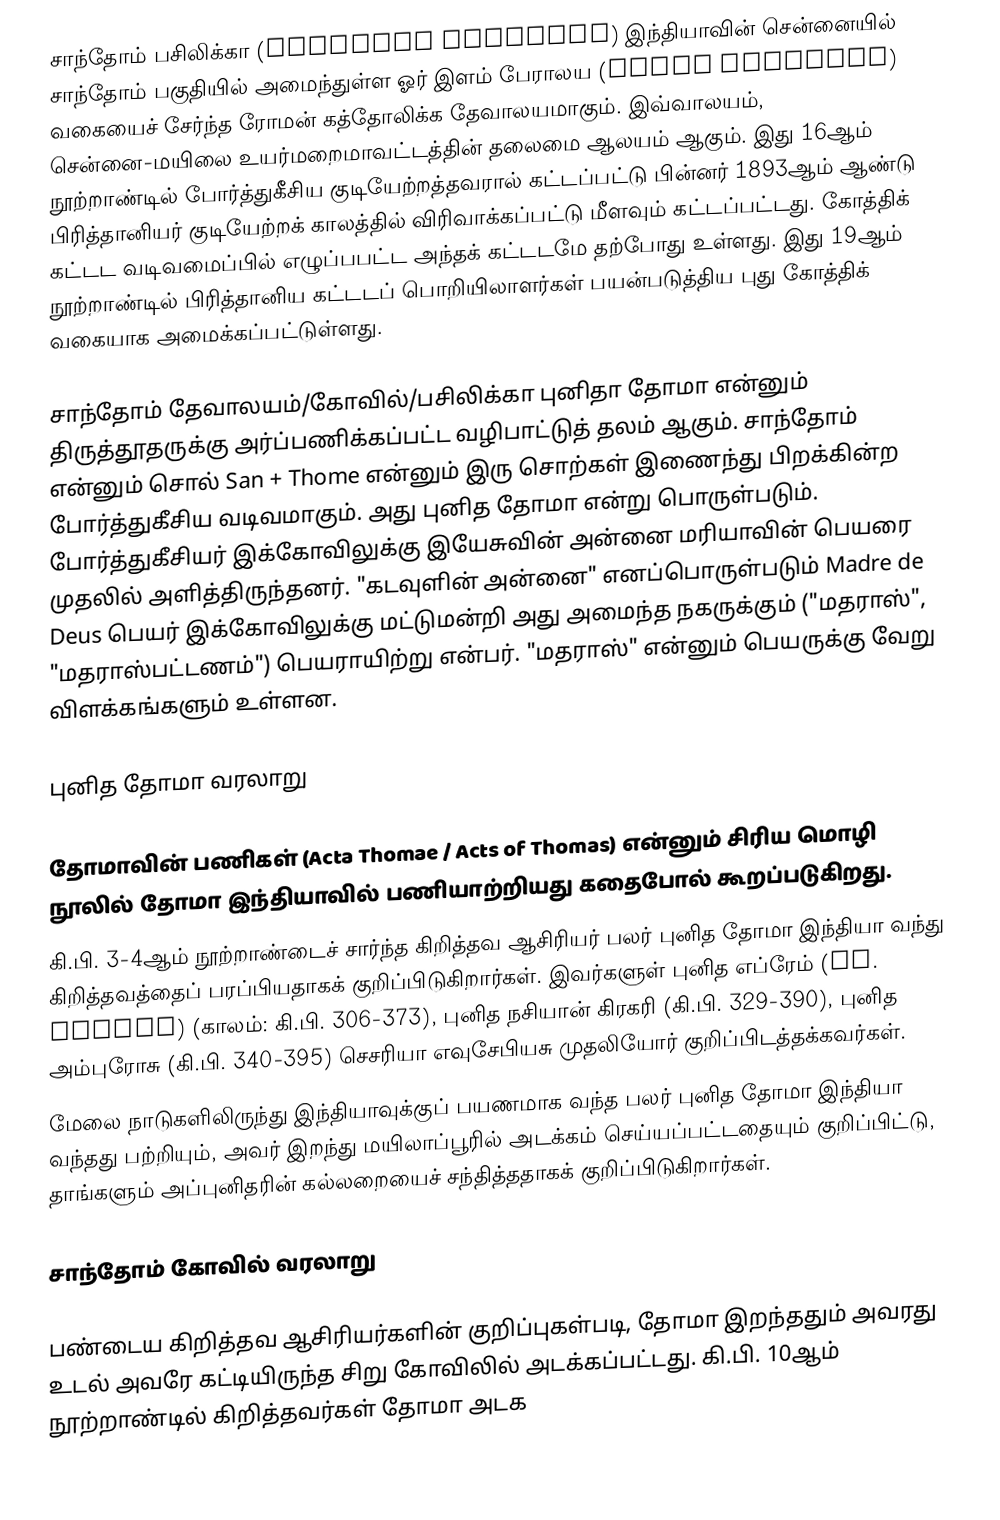
சாந்தோம் பசிலிக்கா (Santhome Basilica) இந்தியாவின் சென்னையில் சாந்தோம் பகுதியில் அமைந்துள்ள ஓர் இளம் பேராலய (Minor Basilica) வகையைச் சேர்ந்த ரோமன் கத்தோலிக்க தேவாலயமாகும். இவ்வாலயம், சென்னை-மயிலை உயர்மறைமாவட்டத்தின் தலைமை ஆலயம் ஆகும். இது 16ஆம் நூற்றாண்டில் போர்த்துகீசிய குடியேற்றத்தவரால் கட்டப்பட்டு பின்னர் 1893ஆம் ஆண்டு பிரித்தானியர் குடியேற்றக் காலத்தில் விரிவாக்கப்பட்டு மீளவும் கட்டப்பட்டது. கோத்திக் கட்டட வடிவமைப்பில் எழுப்பபட்ட அந்தக் கட்டடமே தற்போது உள்ளது.  இது 19ஆம் நூற்றாண்டில் பிரித்தானிய கட்டடப் பொறியிலாளர்கள் பயன்படுத்திய புது கோத்திக் வகையாக அமைக்கப்பட்டுள்ளது.

சாந்தோம் தேவாலயம்/கோவில்/பசிலிக்கா புனிதா தோமா என்னும் திருத்தூதருக்கு அர்ப்பணிக்கப்பட்ட வழிபாட்டுத் தலம் ஆகும். சாந்தோம் என்னும் சொல் San + Thome என்னும் இரு சொற்கள் இணைந்து பிறக்கின்ற போர்த்துகீசிய வடிவமாகும். அது புனித தோமா என்று பொருள்படும். போர்த்துகீசியர் இக்கோவிலுக்கு இயேசுவின் அன்னை மரியாவின் பெயரை முதலில் அளித்திருந்தனர். "கடவுளின் அன்னை" எனப்பொருள்படும் Madre de Deus பெயர் இக்கோவிலுக்கு மட்டுமன்றி அது அமைந்த நகருக்கும் ("மதராஸ்", "மதராஸ்பட்டணம்") பெயராயிற்று என்பர். "மதராஸ்" என்னும் பெயருக்கு வேறு விளக்கங்களும் உள்ளன.

புனித தோமா வரலாறு

தோமாவின் பணிகள் (Acta Thomae / Acts of Thomas) என்னும் சிரிய மொழி நூலில் தோமா இந்தியாவில் பணியாற்றியது கதைபோல் கூறப்படுகிறது.
கி.பி. 3-4ஆம் நூற்றாண்டைச் சார்ந்த கிறித்தவ ஆசிரியர் பலர் புனித தோமா இந்தியா வந்து கிறித்தவத்தைப் பரப்பியதாகக் குறிப்பிடுகிறார்கள். இவர்களுள் புனித எப்ரேம் (St. Ephrem) (காலம்: கி.பி. 306-373), புனித நசியான் கிரகரி (கி.பி. 329-390), புனித அம்புரோசு (கி.பி. 340-395) செசரியா எவுசேபியசு முதலியோர் குறிப்பிடத்தக்கவர்கள்.
மேலை நாடுகளிலிருந்து இந்தியாவுக்குப் பயணமாக வந்த பலர் புனித தோமா இந்தியா வந்தது பற்றியும், அவர் இறந்து மயிலாப்பூரில் அடக்கம் செய்யப்பட்டதையும் குறிப்பிட்டு, தாங்களும் அப்புனிதரின் கல்லறையைச் சந்தித்ததாகக் குறிப்பிடுகிறார்கள்.

சாந்தோம் கோவில் வரலாறு

பண்டைய கிறித்தவ ஆசிரியர்களின் குறிப்புகள்படி, தோமா இறந்ததும் அவரது உடல் அவரே கட்டியிருந்த சிறு கோவிலில் அடக்கப்பட்டது. கி.பி. 10ஆம் நூற்றாண்டில் கிறித்தவர்கள் தோமா அடக